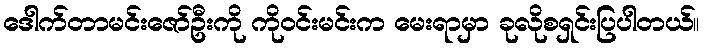
ဒေါက်တာမင်းဇော်ဦးကို ကိုဝင်းမင်းက မေးရာမှာ ခုလိုစရှင်းပြပါတယ်။